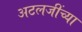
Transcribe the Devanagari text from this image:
अटलजींच्या